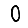
Digit: 0